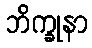
ဘိက္ခုနာ